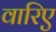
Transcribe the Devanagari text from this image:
वारिए